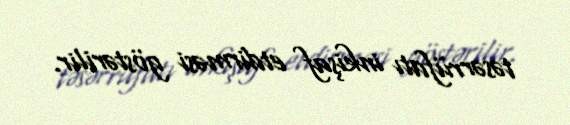
təsərrüfatı inkişaf etdirməsi göstərilir.